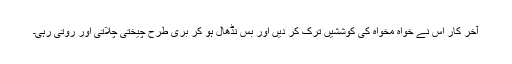
آخر کار اس نے خواہ مخواہ کی کوششیں ترک کر دیں اور بس نڈھال ہو کر بری طرح چیختی چلّاتی اور روتی رہی۔